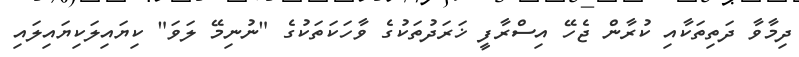
ދިމާވާ ދަތިތަކާއި ކުރާން ޖެހޭ އިސްރާފީ ޚަރަދުތަކުގެ ވާހަކަތަކުގެ "ނުނިމޭ ލަވަ" ކިޔައިލަކިޔައިލައި